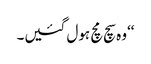
‘‘وہ سچ مچ ہول گئیں۔